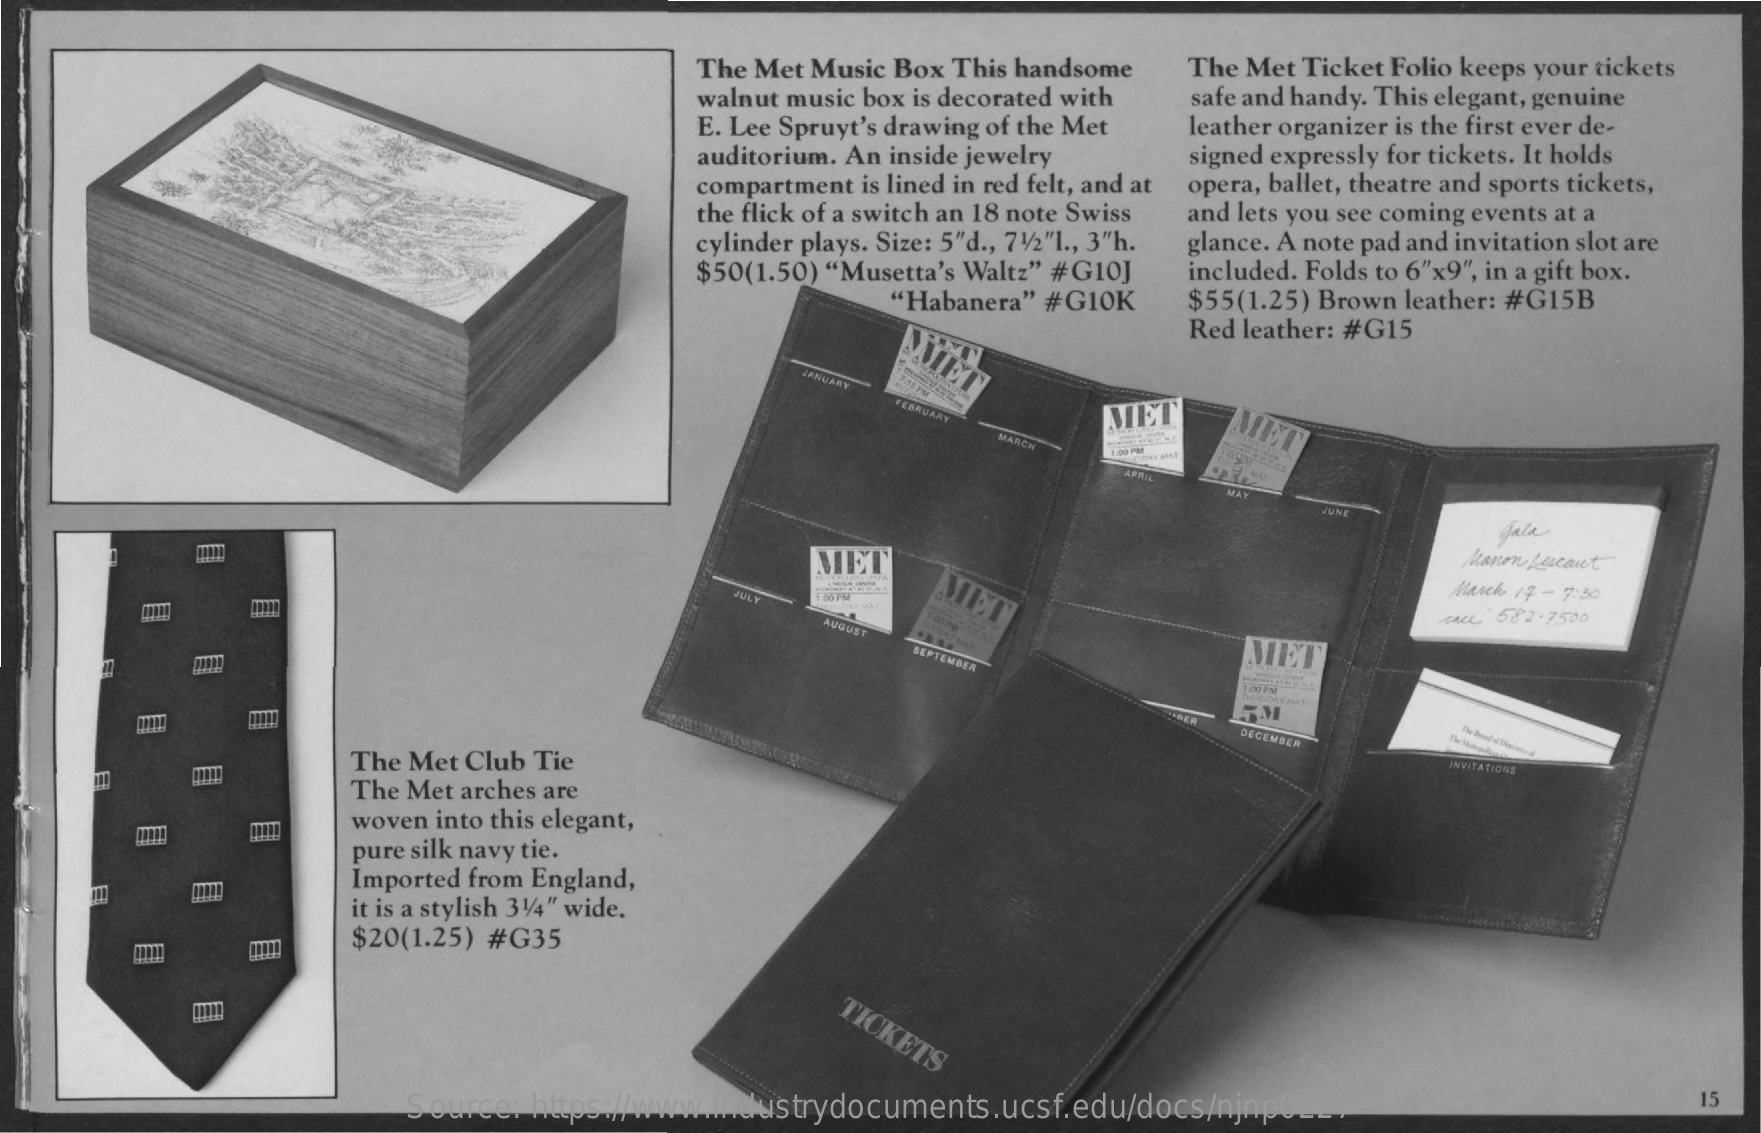
The Met Music Box  This handsome    The Met Ticket Folio keeps your tickets
     walnut music box is decorated with
     E. Lee Spruyt's drawing of the Met
     safe and handy. This elegant, genuine
     auditorium. An inside jewelry
     leather organizer is the first ever de-
     signed expressly for tickets. It holds
     compartment is lined in red felt, and at
     the flick of a switch an 18 note Swiss
     opera, ballet, theatre and sports tickets,
     and lets you see coming events at a
     cylinder plays. Size: 5"d ., 71/2"l ., 3"h. glance. A note pad and invitation slot are
     $50(1.50) "Musetta's Waltz" #G10J   included. Folds to 6"x9", in a gift box.
     "Habanera" #G10K    $55(1.25) Brown leather: #G15B
     AMET
     Red leather: #G15
     JANUARY
     FEBRUARY    MET
     MARCH
     1:00 PM
     APRIL
     LUNE
     fala
     MET    Manon Lescaut
     JULY    March 17 - 7:30
     AUGUST    veAL 582-7500
     ....
     SEPTEMBER    MET
     1:00 PM
     DECEMBER
     The Met Club  Tie    INVITATIONS
     The Met arches are
     woven into this elegant,
     pure silk navy tie.
     Imported from England,
     it is a stylish 31/4" wide.
     $20(1.25) #G35
     TICKETS
     Source:  https://www.industrydocuments.ucsf.edu/docs/njnp0227
     15